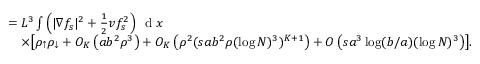
\begin{array} { r l } & { = L ^ { 3 } \int \left( | \nabla f _ { s } | ^ { 2 } + \frac { 1 } { 2 } v f _ { s } ^ { 2 } \right) \, \textnormal { d } x } \\ & { \quad \times \bigl [ \rho _ { \uparrow } \rho _ { \downarrow } + O _ { K } \left( a b ^ { 2 } \rho ^ { 3 } \right) + O _ { K } \left( \rho ^ { 2 } ( s a b ^ { 2 } \rho ( \log N ) ^ { 3 } ) ^ { K + 1 } \right) + O \left( s a ^ { 3 } \log ( b / a ) ( \log N ) ^ { 3 } \right) \bigr ] . } \end{array}